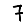
Digit: 7